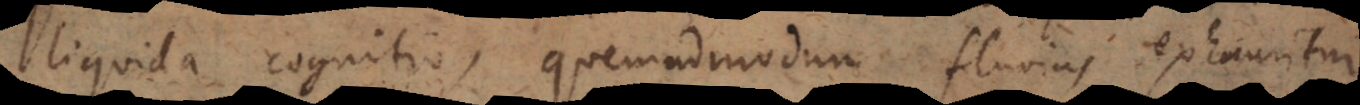
liquida cognitio, quemadmodum fluvius exhauritur